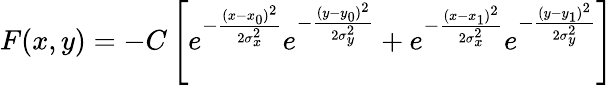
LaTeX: F(x,y)=-C\left[e^{-\frac{(x-x_{0})^{2}}{2\sigma_{x}^{2}}}e^{-\frac{(y-y_{0})^{2}}{2\sigma_{y}^{2}}}+e^{-\frac{(x-x_{1})^{2}}{2\sigma_{x}^{2}}}e^{-\frac{(y-y_{1})^{2}}{2\sigma_{y}^{2}}}\right]